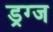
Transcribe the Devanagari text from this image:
ड्रग्ज